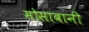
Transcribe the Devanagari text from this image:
मोसाबानी